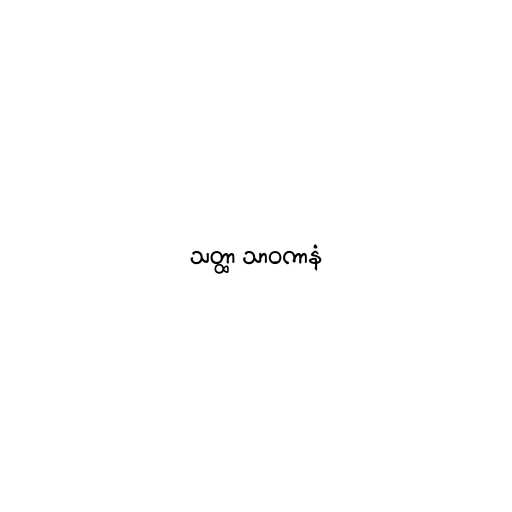
သတ္ထာ သာဝကာနံ